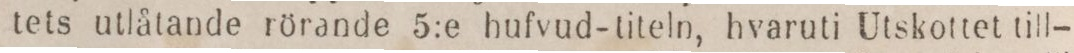
tets utlåtande rörande 5:e hufvud-titeln, hvaruti Utskottet till-